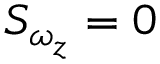
S _ { \omega _ { z } } = 0 \